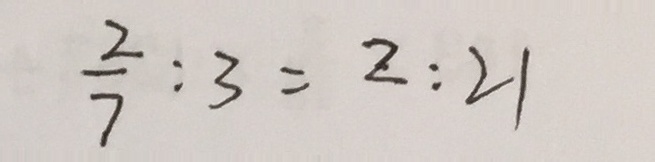
\frac { 2 } { 7 } : 3 = 2 : 2 1